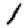
Digit: 1